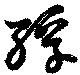
殍